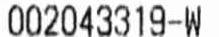
002043319-W